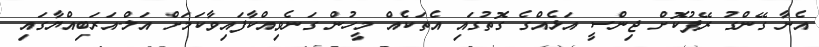
އެނާ ގޭންގު ރޭޕުކޮށް ޖިންސީ އަޅެއްގެ ގޮތުގައި އެތަކެއް މީހުން ގަނެވިއްކާފައިވާކަމަށް އަލް-އަރަބިއްޔާގައި